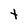
Character: t